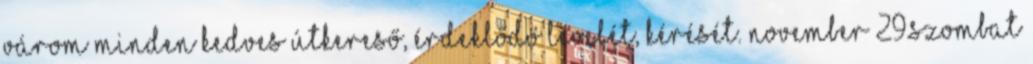
várom minden kedves útkereső, érdeklődő levelét, kérését. NOVEMBER 29.Szombat